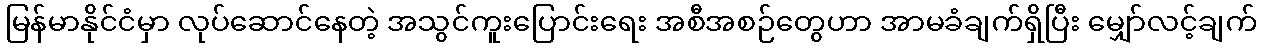
မြန်မာနိုင်ငံမှာ လုပ်ဆောင်နေတဲ့ အသွင်ကူးပြောင်းရေး အစီအစဉ်တွေဟာ အာမခံချက်ရှိပြီး မျှော်လင့်ချက်